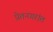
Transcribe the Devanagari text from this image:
प्रेतनगरांत